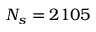
N _ { s } = 2 1 0 5